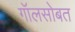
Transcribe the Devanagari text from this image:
गॉलसोबत